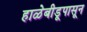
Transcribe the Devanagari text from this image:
हाळेबीडूपासून